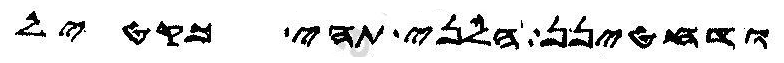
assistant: ודחטינן הלני תהי כקטיל